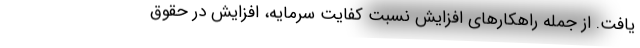
یافت. از جمله راهکارهای افزایش نسبت کفایت سرمایه، افزایش در حقوق